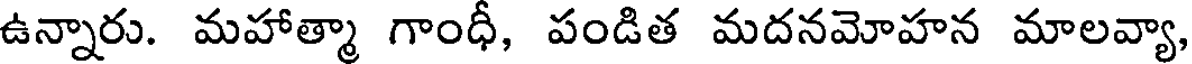
ఉన్నారు. మహాత్మా గాంధీ, పండిత మదనమోహన మాలవ్యా